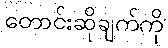
တောင်းဆိုချက်ကို